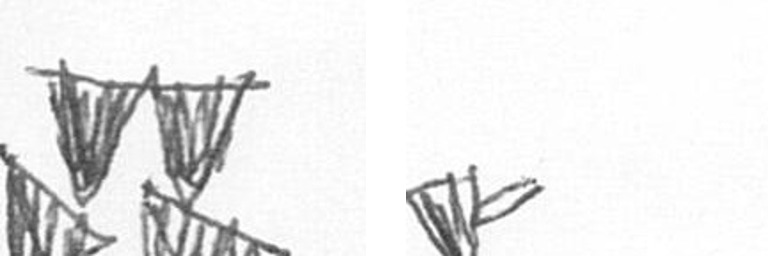
B F